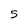
Character: 5